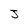
Character: J